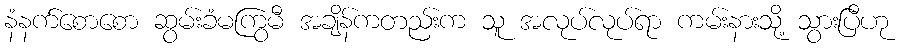
နံနက်စောစော ဆွမ်းခံမကြွမီ အချိန်ကတည်းက သူ အလုပ်လုပ်ရာ ကမ်းနားသို့ သွားပြီဟု